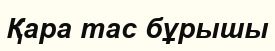
Қара тас бұрышы